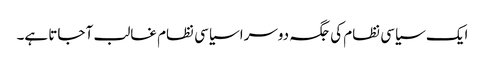
ایک سیاسی نظام کی جگہ دوسرا سیاسی نظام غالب آ جاتا ہے۔